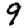
Digit: 9